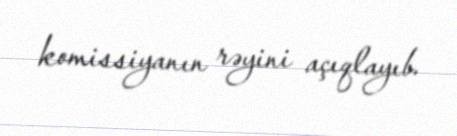
komissiyanın rəyini açıqlayıb.